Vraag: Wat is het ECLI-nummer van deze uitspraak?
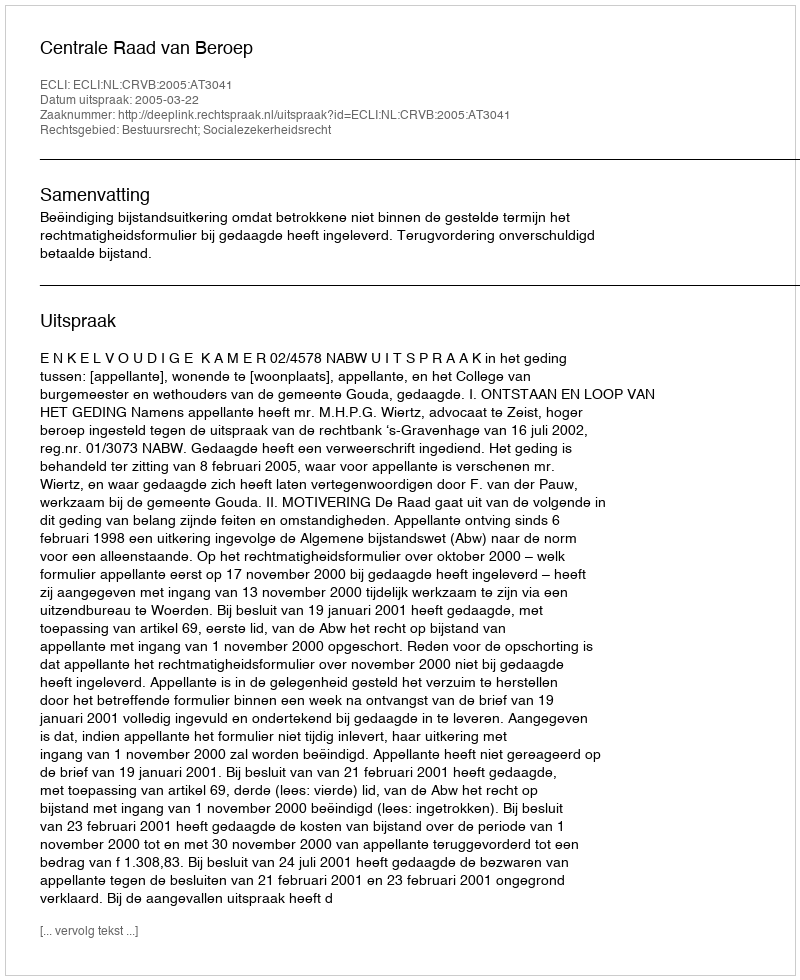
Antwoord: ECLI:NL:CRVB:2005:AT3041